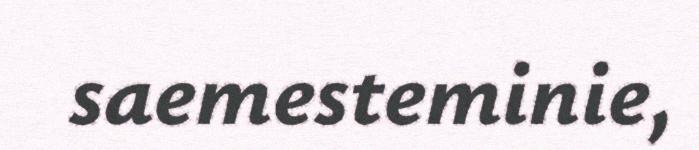
saemesteminie,